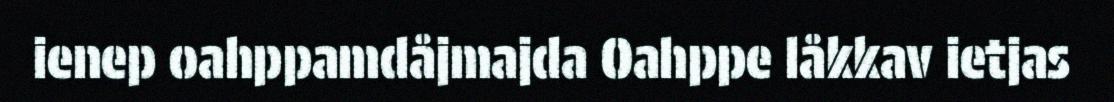
ienep oahppamdåjmajda Oahppe låkkav ietjas